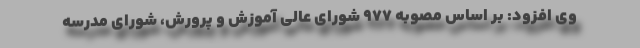
وی افزود: بر اساس مصوبه 977 شورای عالی آموزش و پرورش، شورای مدرسه